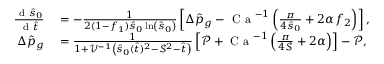
\begin{array} { r l } { \frac { \mathrm { ~ d ~ } \hat { s } _ { 0 } } { \mathrm { ~ d ~ } \hat { t } } } & { { } = - \frac { 1 } { 2 ( 1 - f _ { 1 } ) \hat { s } _ { 0 } \ln \left( \hat { s } _ { 0 } \right) } \left[ \Delta \hat { p } _ { g } - \textrm { C a } ^ { - 1 } \left( \frac { \pi } { 4 \hat { s } _ { 0 } } + 2 \alpha f _ { 2 } \right) \right] , } \\ { \Delta \hat { p } _ { g } } & { { } = \frac { 1 } { 1 + \mathcal { V } ^ { - 1 } \left( \hat { s } _ { 0 } ( \hat { t } ) ^ { 2 } - \mathcal { S } ^ { 2 } - \hat { t } \right) } \left[ \mathcal { P } + \textrm { C a } ^ { - 1 } \left( \frac { \pi } { 4 \mathcal { S } } + 2 \alpha \right) \right] - \mathcal { P } , } \end{array}